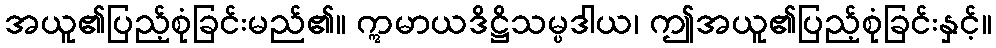
အယူ၏ပြည့်စုံခြင်းမည်၏။ ဣမာယဒိဋ္ဌိသမ္ပဒါယ၊ ဤအယူ၏ပြည့်စုံခြင်းနှင့်။